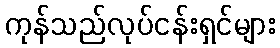
ကုန်သည်လုပ်ငန်းရှင်များ